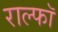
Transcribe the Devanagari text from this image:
राल्फॉ